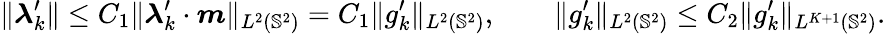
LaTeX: \| \boldsymbol{\lambda}_{k}^{\prime}\| \leq C_{1}\| \boldsymbol{\lambda}_{k}^{\prime}\cdot\boldsymbol{m}\| _{L^{2}(\mathbb{S}^{2})}=C_{1}\| g_{k}^{\prime}\| _{L^{2}(\mathbb{S}^{2})},\qquad\| g_{k}^{\prime}\| _{L^{2}(\mathbb{S}^{2})}\leq C_{2}\| g_{k}^{\prime}\| _{L^{K+1}(\mathbb{S}^{2})}.